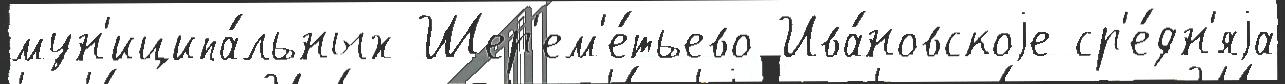
мун'иципа́льных Шер'ем'е́тьево Ива́новскоjе ср'е́дн'яjа